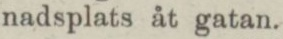
nadsplats åt gatan.